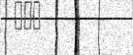
١٨٣